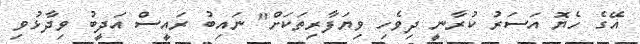
އޭގެ ހެޔޮ އަސަރު ކުރާނީ ދިވެހި ވިޔަފާރިތަކަށް" ނައިބު ރައީސް އަދީބު ވިދާޅުވި